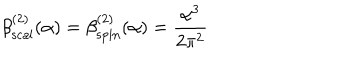
LaTeX: \beta _ { \mathrm { s c a l } } ^ { ( 2 ) } ( \alpha ) = \beta _ { \mathrm { s p i n } } ^ { ( 2 ) } ( \alpha ) = { \frac { { \alpha } ^ { 3 } } { 2 { \pi } ^ { 2 } } } \quad